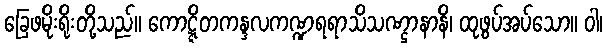
ခြေဖမိုးရိုးတို့သည်။ ကောဋ္ဋိတကန္ဒလကဏ္ဍရရာသိသဏ္ဌာနာနိ၊ ထုဖွပ်အပ်သော။ ဝါ၊